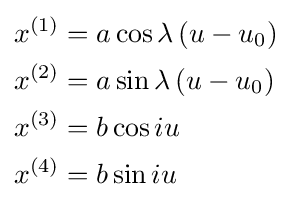
\scriptstyle {\begin{aligned}x^{(1)}&=a\cos \lambda \left(u-u_{0}\right)\\x^{(2)}&=a\sin \lambda \left(u-u_{0}\right)\\x^{(3)}&=b\cos iu\\x^{(4)}&=b\sin iu\end{aligned}}